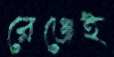
রেঞ্জেই